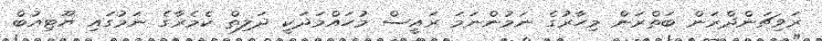
ރަވިޗަންދްރަން ބަތްރަން މިހާރުގެ ނަމުންނަމަ ރައީސް މުހައްމަދަކީ ދަލިތް ކެމެރާގެ ނަމުގައި ޔޫޓިއުބް